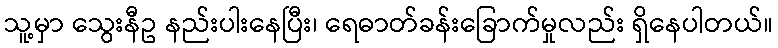
သူ့မှာ သွေးနီဥ နည်းပါးနေပြီး၊ ရေဓာတ်ခန်းခြောက်မှုလည်း ရှိနေပါတယ်။